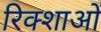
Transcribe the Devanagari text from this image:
रिक्शाओं